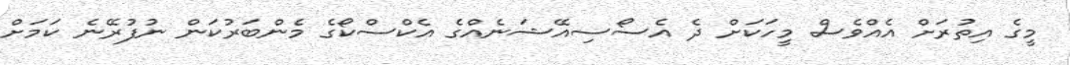
މީގެ އިތުރަށް އެއްވެސް މީހަކަށް ދެ އެސޯސިއޭޝަނެއްގެ އެކްސްކޯގެ މެންބަރުކަން ނުފުރޭނެ ކަމަށް